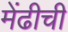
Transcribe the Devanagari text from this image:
मेंढीची